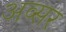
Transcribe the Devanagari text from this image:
अव्सर